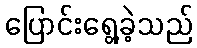
ပြောင်းရွေ့ခဲ့သည်